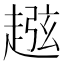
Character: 𧼏